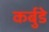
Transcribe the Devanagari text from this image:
कर्बुडे